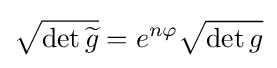
{\sqrt {\det {\widetilde {g}}}}=e^{n\varphi }{\sqrt {\det g}}